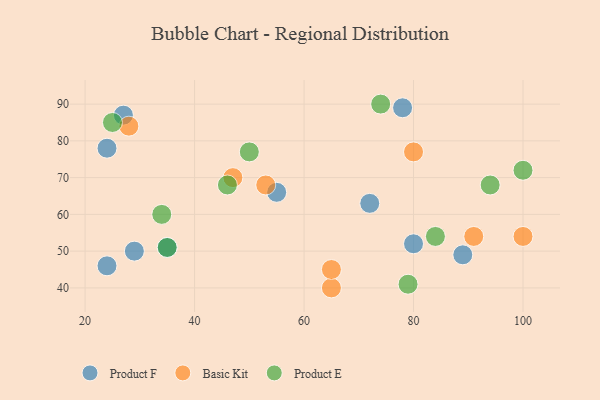
{"axis": {"x": "GDP", "y": "Life Expectancy"}, "legend": ["Basic Kit", "Product E", "Product F"], "data": [{"x": "29", "y": 50, "type": "Product F"}, {"x": "89", "y": 49, "type": "Product F"}, {"x": "55", "y": 66, "type": "Product F"}, {"x": "78", "y": 89, "type": "Product F"}, {"x": "24", "y": 78, "type": "Product F"}, {"x": "24", "y": 46, "type": "Product F"}, {"x": "80", "y": 52, "type": "Product F"}, {"x": "72", "y": 63, "type": "Product F"}, {"x": "27", "y": 87, "type": "Product F"}, {"x": "35", "y": 51, "type": "Product F"}, {"x": "47", "y": 70, "type": "Basic Kit"}, {"x": "80", "y": 77, "type": "Basic Kit"}, {"x": "28", "y": 84, "type": "Basic Kit"}, {"x": "65", "y": 40, "type": "Basic Kit"}, {"x": "53", "y": 68, "type": "Basic Kit"}, {"x": "91", "y": 54, "type": "Basic Kit"}, {"x": "100", "y": 54, "type": "Basic Kit"}, {"x": "65", "y": 45, "type": "Basic Kit"}, {"x": "100", "y": 72, "type": "Product E"}, {"x": "50", "y": 77, "type": "Product E"}, {"x": "94", "y": 68, "type": "Product E"}, {"x": "84", "y": 54, "type": "Product E"}, {"x": "79", "y": 41, "type": "Product E"}, {"x": "25", "y": 85, "type": "Product E"}, {"x": "74", "y": 90, "type": "Product E"}, {"x": "46", "y": 68, "type": "Product E"}, {"x": "35", "y": 51, "type": "Product E"}, {"x": "34", "y": 60, "type": "Product E"}]}